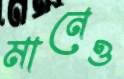
মানেও